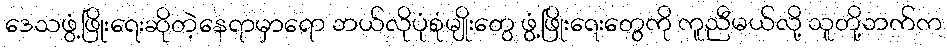
ဒေသဖွံ့ဖြိုးရေးဆိုတဲ့နေရာမှာရော ဘယ်လိုပုံစုံမျိုးတွေ ဖွံ့ဖြိုးရေးတွေကို ကူညီမယ်လို့ သူတို့ဘက်က